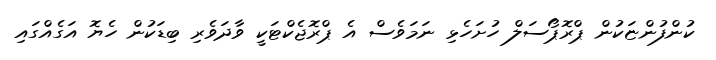
ކުންފުންޏަކުން ޕްރޮޕޯސަލް ހުށަހެޅި ނަމަވެސް އެ ޕްރޮޖެކްޓަކީ ވާދަވެރި ބިޑަކުން ހެޔޮ އަގެއްގައި